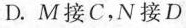
D.M接C，N接D